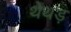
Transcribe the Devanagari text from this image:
थेथड़